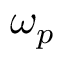
\omega _ { p }